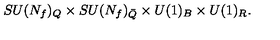
S U ( N _ { f } ) _ { Q } \times S U ( N _ { f } ) _ { \bar { Q } } \times U ( 1 ) _ { B } \times U ( 1 ) _ { R } .